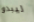
ليبدو